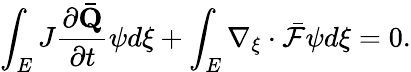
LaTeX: \int_{E}J\frac{\partial\mathbf{\bar{Q}}}{\partial t}\psi d\xi+\int_{E}\nabla_{\xi}\cdot\bar{\mathcal{F}}\psi d\xi=0.